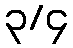
၃/၄